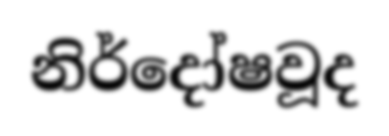
නිර්දෝෂවූද